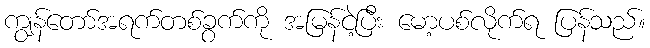
ကျွန်တော်အရက်တစ်ခွက်ကို အမြန်ငဲ့ပြီး မော့ပစ်လိုက်ရ ပြန်သည်။